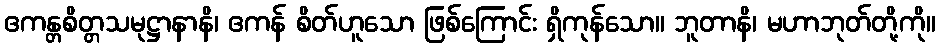
ဧကန္တစိတ္တသမုဋ္ဌာနာနိ၊ ဧကန် စိတ်ဟူသော ဖြစ်ကြောင်း ရှိကုန်သော။ ဘူတာနိ၊ မဟာဘုတ်တို့ကို။